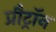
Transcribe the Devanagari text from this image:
प्रौट्रॉन